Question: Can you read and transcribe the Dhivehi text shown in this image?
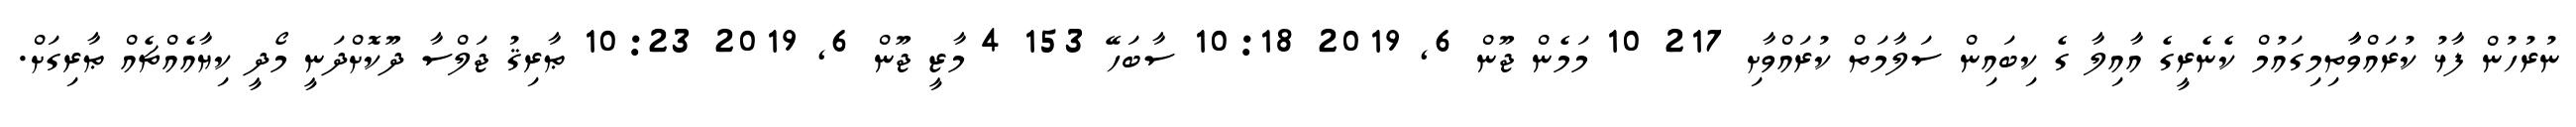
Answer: ނުރުހުން ފާޅު ކުރައްވާާތިމިގައުމް ކެނެރީގެ އާއިލާ ގެ ކިބައިން ސަލާމަތް ކުރައްވާށި 217 10 މަމެން ޖޫން 6, 2019 10:18 ސާބަހޭ 153 4 މާޒީ ޖޫން 6, 2019 10:23 ޠާރިޤު ޖަލްސާ ދޫކޮށްދަނީ މޯދީ ކިޔާއެއްޗެއް ޠާރިގަށް.